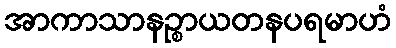
အာကာသာနဉ္စာယတနပရမာဟံ